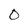
Character: 0